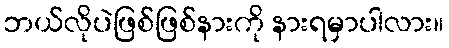
ဘယ်လိုပဲဖြစ်ဖြစ်နားကို နားရမှာပါလား။